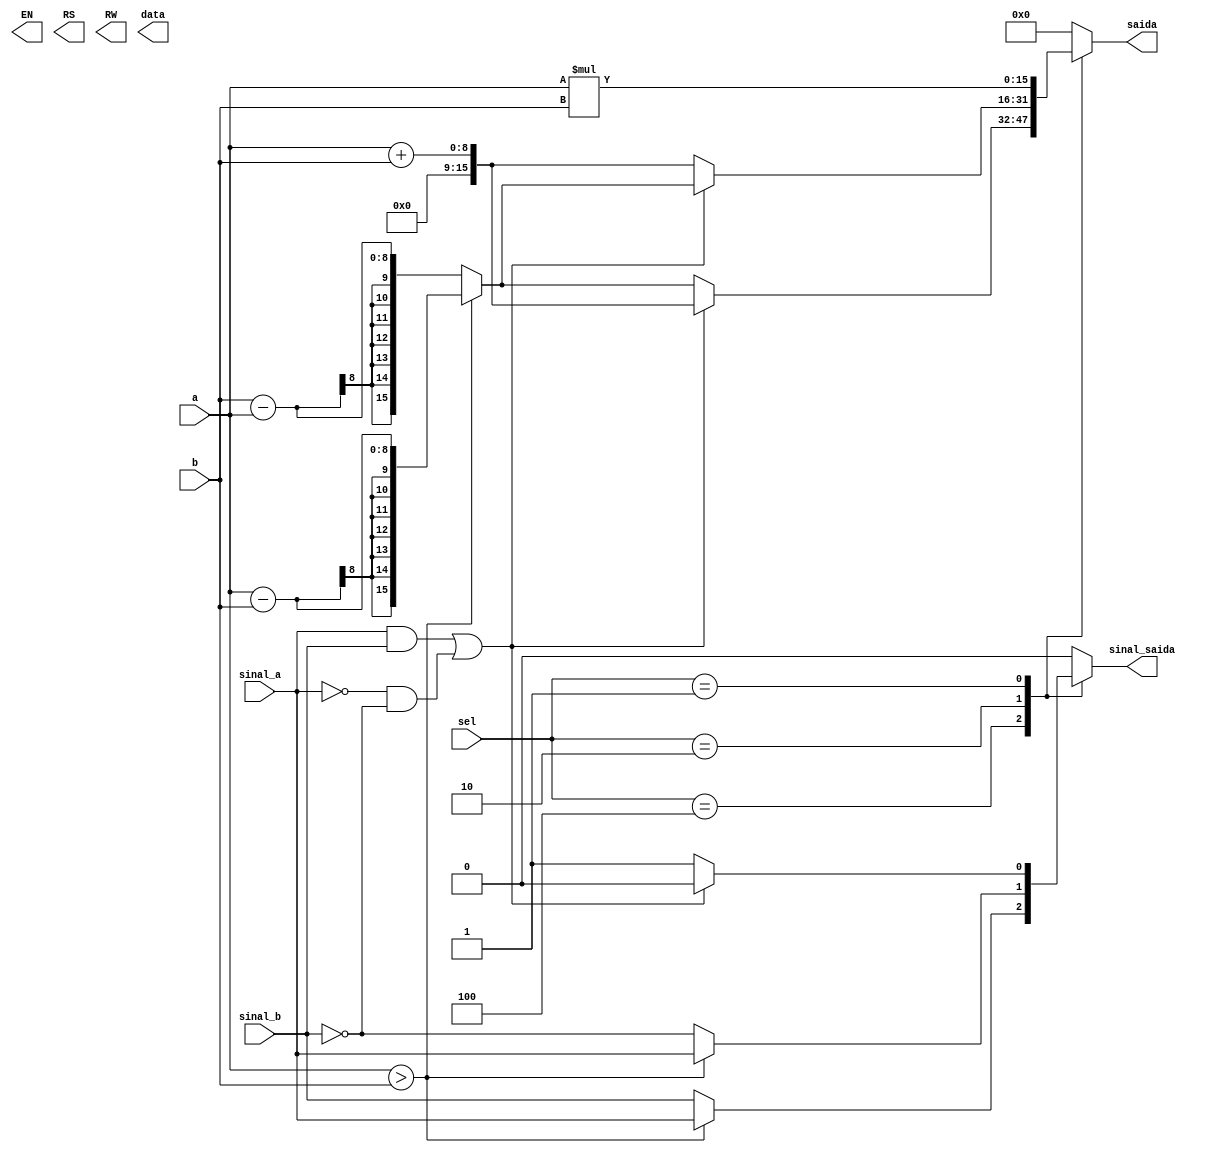
module calculadora(a, b, sinal_a, sinal_b, sel, saida, sinal_saida, EN, RS, RW, data);
    input [7:0] a;
	 input [2:0] sel;
	 input [7:0] b;
	 input sinal_a;
	 input sinal_b;   
	 output reg [15:0] saida;
	 output reg sinal_saida;
	 
	 output [7:0] data;      //verificar se  essa qtde de bits mesmo
    output EN, RS, RW;
	 
	 initial begin
			saida = 0;
			sinal_saida = 0;
	  end
	  
	  always @(*) begin
		 case (sel)
			  3'b100:begin   
					sinal_saida = a > b? (sinal_a) : (sinal_b);
					if((sinal_a & sinal_b) | ((~sinal_a) & (~sinal_b)))begin 
						 saida = (a + b);
					end
					else begin
						 if(a > b)
							  saida = (a - b);
						 else 
							  saida = (b - a);
					end
			  end
			  3'b010:begin
					sinal_saida = a > b? (sinal_a) : (~sinal_b);
					if((sinal_a & sinal_b) | (~sinal_a & ~sinal_b))begin
						 saida = a>b? (a - b): (b - a);
					end
					else begin
						  saida = (a + b);
					end
				end
				 3'b001: begin
					  if((sinal_a & sinal_b) | (~sinal_a & ~sinal_b)) sinal_saida = 0;
					  else sinal_saida = 1;
					  saida = (a * b);
				 end
				 default: begin
						saida = 0;
						sinal_saida = 0;
					end
		  endcase
		end
		
		//ULA_LCD(.saida(saida), .sinal_saida(sinal_saida), .a(a), .b(b), .sinal_a(sinal_a), .sinal_b(sinal_b), .sel(sel), .EN(EN), .RS(RS), .RW(RW));
endmodule